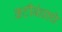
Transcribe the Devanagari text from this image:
कटीबंधाचे